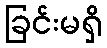
ခြင်းမရှိ